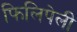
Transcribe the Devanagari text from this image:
फिलिपेली